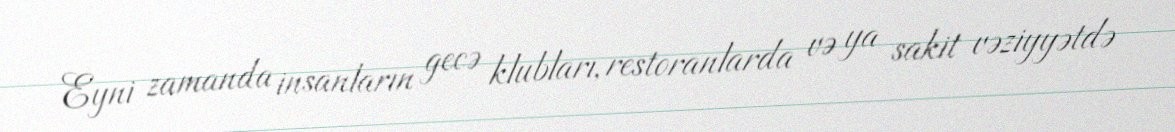
Eyni zamanda insanların gecə klubları, restoranlarda və ya sakit vəziyyətdə